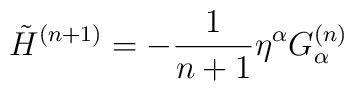
\tilde{H}^{(n+1)}=-\frac{1}{n+1} \eta^\alpha G_\alpha^{(n)}